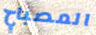
المصباح